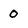
Character: 0